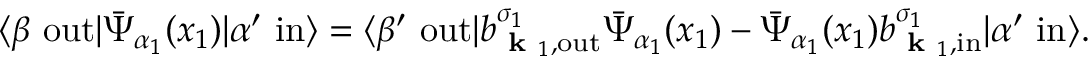
\langle \beta \ \mathrm { o u t } | { \bar { \Psi } } _ { \alpha _ { 1 } } ( x _ { 1 } ) | \alpha ^ { \prime } \ \mathrm { i n } \rangle = \langle \beta ^ { \prime } \ \mathrm { o u t } | b _ { { \textbf { k } } _ { 1 } , \mathrm { o u t } } ^ { \sigma _ { 1 } } { \bar { \Psi } } _ { \alpha _ { 1 } } ( x _ { 1 } ) - { \bar { \Psi } } _ { \alpha _ { 1 } } ( x _ { 1 } ) b _ { { \textbf { k } } _ { 1 } , \mathrm { i n } } ^ { \sigma _ { 1 } } | \alpha ^ { \prime } \ \mathrm { i n } \rangle .